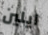
ايلين